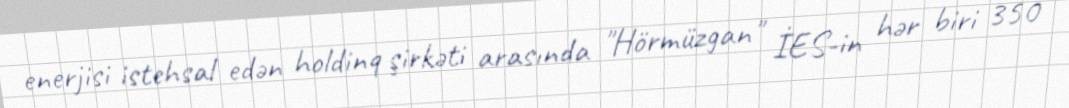
enerjisi istehsal edən holdinq şirkəti arasında "Hörmüzgan" İES-in hər biri 350